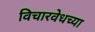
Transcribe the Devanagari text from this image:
विचारवेधच्या